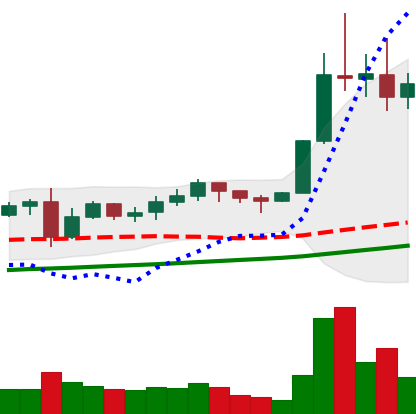
Ticker: LTC-USD
Chart end date: 2021-11-13
Forward return: -20.795%
Label: down_7plus